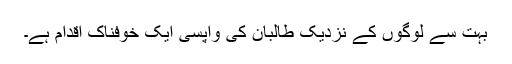
بہت سے لوگوں کے نزدیک طالبان کی واپسی ایک خوفناک اقدام ہے۔